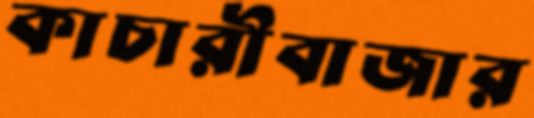
কাচারীবাজার